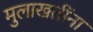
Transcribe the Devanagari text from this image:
मुलाखतींना